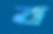
ব